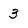
Character: 3